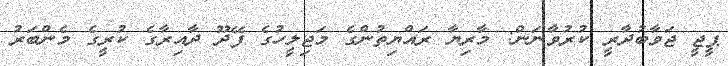
ޕީޖީ ޖަވާބުދާރީ ކުރުވާނަން: މާރިޔާ ރައްޔިތުންގެ މަޖިލީހުގެ ފޭދޫ ދާއިރާގެ ކުރީގެ މެންބަރު